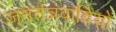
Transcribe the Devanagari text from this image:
जनतंत्रवादियों